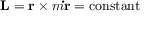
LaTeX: \mathbf { L } = \mathbf { r } \times m \mathbf { \dot { r } } = { \mathrm { c o n s t a n t } }